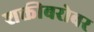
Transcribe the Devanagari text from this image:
शक्तीबरोबर